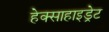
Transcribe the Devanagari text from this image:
हेक्साहाइड्रेट